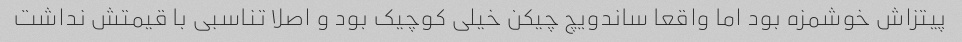
پیتزاش خوشمزه بود اما واقعا ساندویچ چیکن خیلی کوچیک بود و اصلا تناسبی با قیمتش نداشت